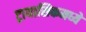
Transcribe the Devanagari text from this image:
ट्रायासिकमध्ये